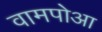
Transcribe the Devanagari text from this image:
वामपोआ